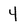
Character: 4